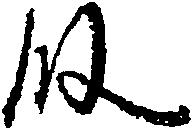
段